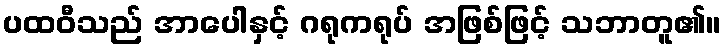
ပထဝီသည် အာပေါနှင့် ဂရုကရုပ် အဖြစ်ဖြင့် သဘာတူ၏။